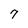
Character: 7